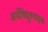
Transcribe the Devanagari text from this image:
अर्धविद्दुतवाहक